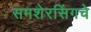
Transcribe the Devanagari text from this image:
समशेरसिंगचे